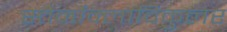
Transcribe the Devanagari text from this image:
स्तेर्नोक्लाविकुलर